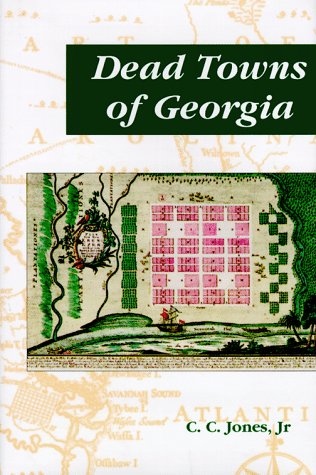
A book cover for Dead Towns of Georgia (Collections of the Georgia Historical Society); Charles Colcock Jones; Travel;